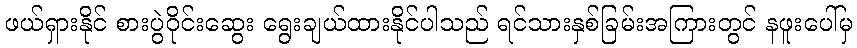
ဖယ်ရှားနိုင် စားပွဲဝိုင်းဆွေး ရွေးချယ်ထားနိုင်ပါသည် ရင်သားနှစ်ခြမ်းအကြားတွင် နဖူးပေါ်မှ